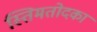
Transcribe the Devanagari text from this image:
स्तिमतोदका